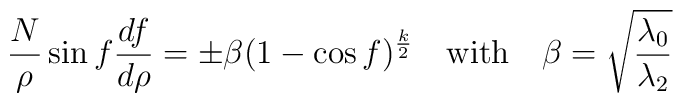
\frac{N}{\rho}\sin f \frac{df}{d\rho} = \pm\beta(1-\cos f)^{\frac{k}{2}}\quad \mbox{with} \quad\beta=\sqrt{\frac{\lambda_0}{\lambda_2}}